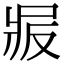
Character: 𠭝